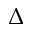
\Delta